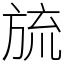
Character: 旈